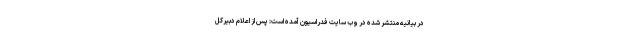
در بیانیه منتشر شده در وب سایت فدراسیون آمده است: پس از اعلام دبیرکل